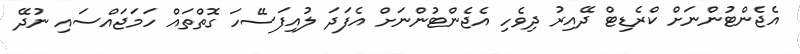
އެޖެންޓުންނަށް ކްރެޑިޓް ދޭއިރު ދިވެހި އެޖެންޓުންނަށް އެފަދަ ލުއިފަސޭހަ ގޮތްތައް ހަމަޖައްސައި ނުދޭ